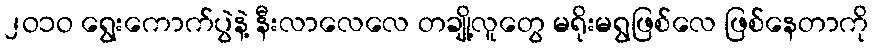
၂ဝ၁ဝ ရွေးကောက်ပွဲနဲ့ နီးလာလေလေ တချို့လူတွေ မရိုးမရွဖြစ်လေ ဖြစ်နေတာကို